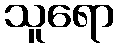
သူရော